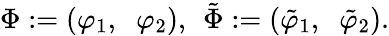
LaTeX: \Phi:=(\varphi_{1},\; \; \varphi_{2}),\, \; \tilde{\Phi}:=(\tilde{\varphi}_{1},\; \; \tilde{\varphi}_{2}).